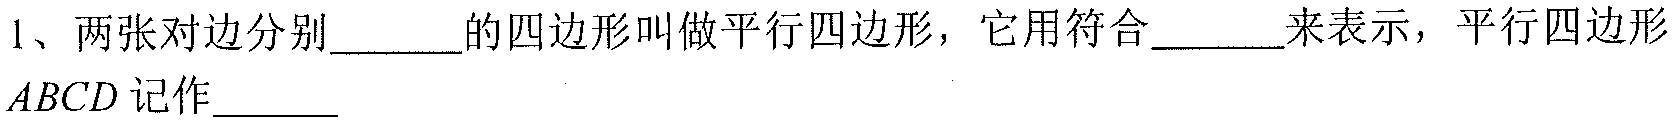
1、两张对边分别\(\underline{\ \ \ \ \ \ }\)的四边形叫做平行四边形，它用符合\(\underline{\ \ \ \ \ \ }\)来表示，平行四边形 \(ABCD\) 记作\(\underline{\ \ \ \ \ \ }\)